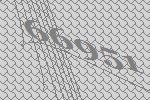
66951